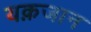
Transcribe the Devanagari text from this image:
यक़जान